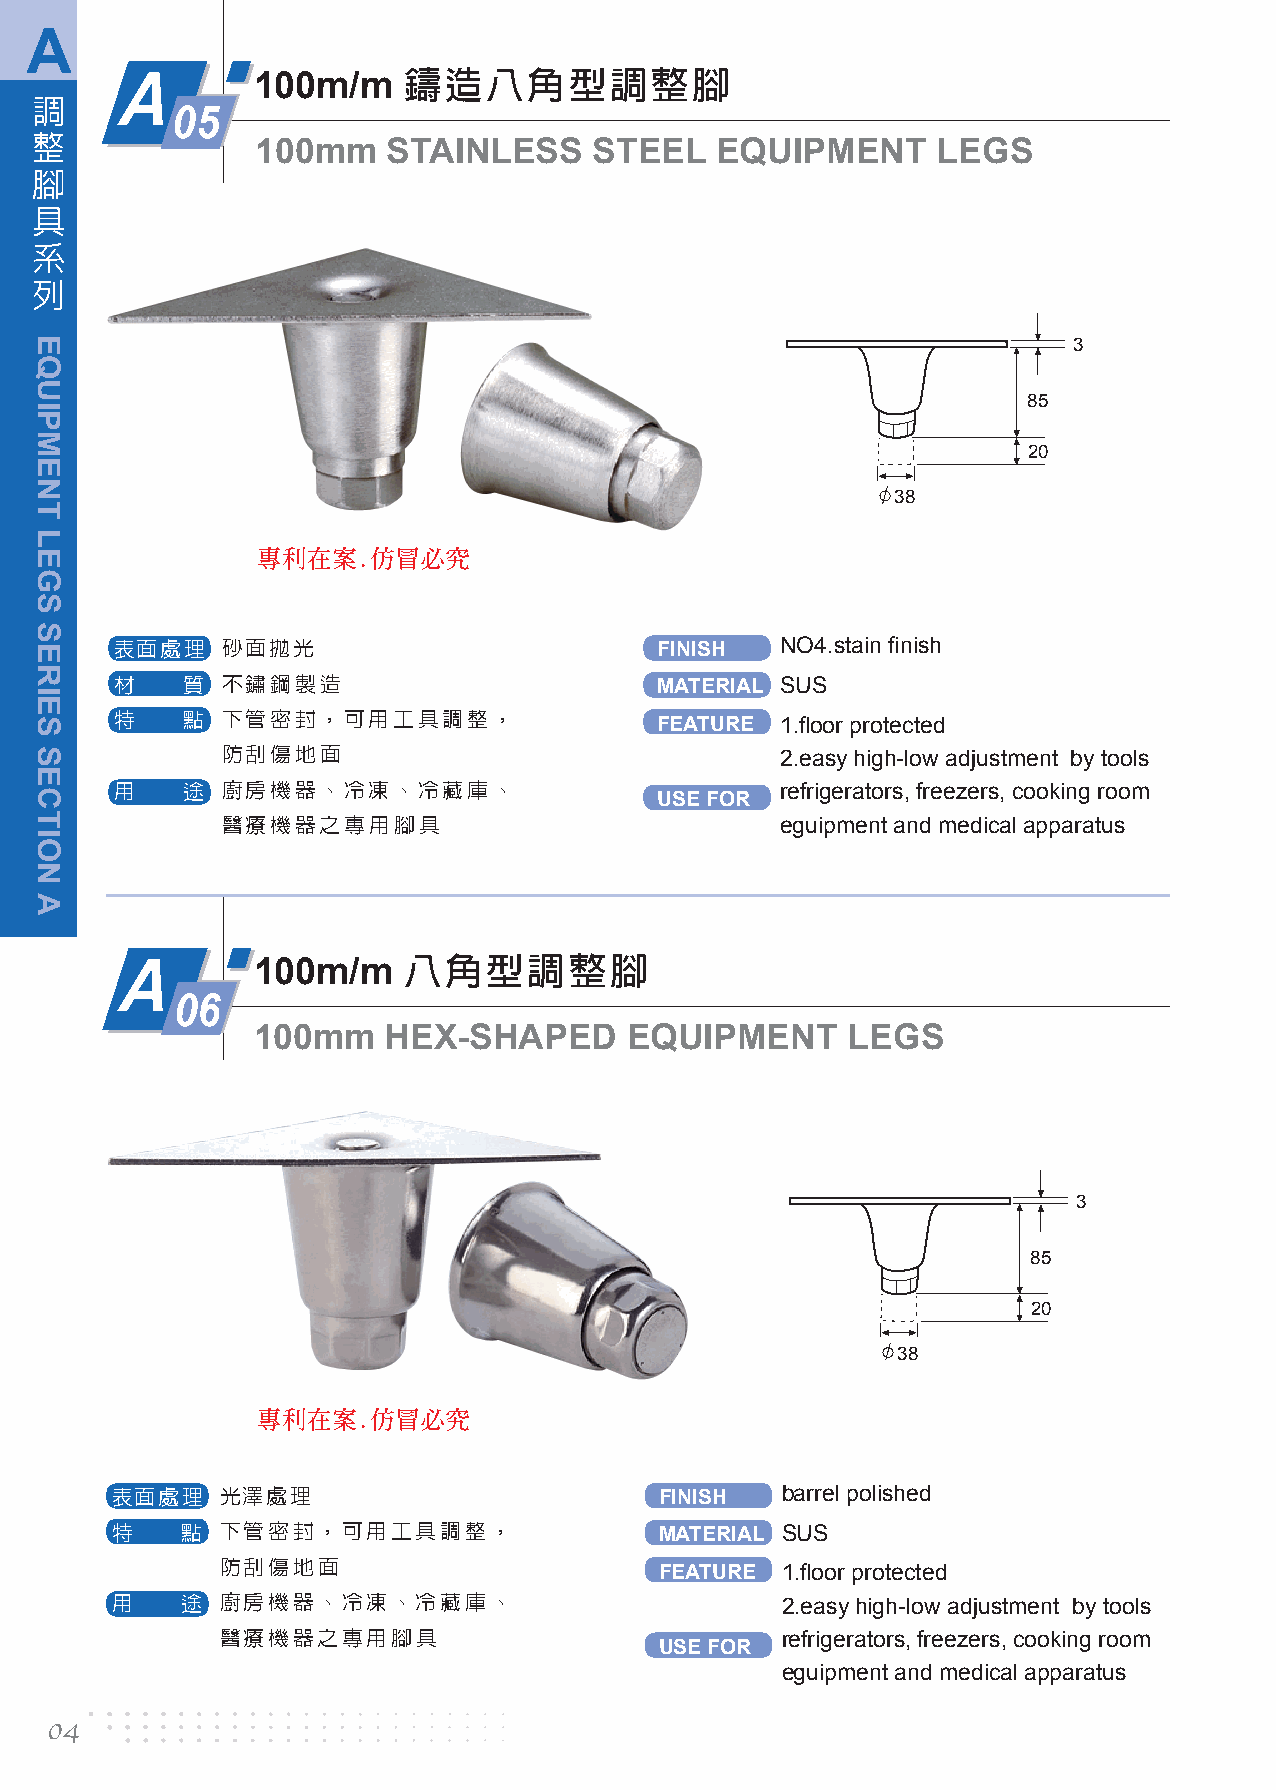
A
 鑄造八角型調整腳
 A        100m/m
 調
 05
 整
 100mm    STAINLESS    STEEL   EQUIPMENT      LEGS
 腳
 具
 系
 列
 3
 85
 20
 38
 專利在案.仿冒必究
 表面處理   砂面拋光                         FINISH  NO4.stain finish
 材   質  不鏽鋼製造                        MATERIAL SUS
 特   點  下管密封，可用工具調整，
 FEATURE 1.floor protected
 防刮傷地面                                2.easy high-low adjustment by tools
 用   途  廚房機器、冷凍、冷藏庫、                         refrigerators, freezers, cooking room
 USE FOR
 醫療機器之專用腳具                            eguipment and medical apparatus
 八角型調整腳
 A        100m/m
 06
 100mm    HEX-SHAPED      EQUIPMENT     LEGS
 3
 85
 20
 38
 專利在案.仿冒必究
 表面處理    光澤處理                         FINISH  barrel polished
 特    點  下管密封，可用工具調整，                 MATERIAL SUS
 防刮傷地面
 FEATURE 1.floor protected
 用    途  廚房機器、冷凍、冷藏庫、                         2.easy high-low adjustment by tools
 醫療機器之專用腳具                            refrigerators, freezers, cooking room
 USE FOR
 eguipment and medical apparatus
 04
 EQUIPMENT
 LEGS
 SERIES
 SECTION
 A